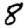
Digit: 8